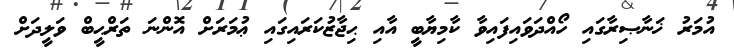
އުމަރު ޚަނާޞިރާގައި ހޯއްދަވައިފައިވާ ކާމިޔާބީ އާއި ޙިޖާޒުކަރައިގައި ޢުމަރަށް އޮންނަ ތަރްޙީބް ވަލީދަށް